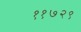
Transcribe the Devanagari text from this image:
११७२९